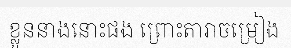
ខ្លួននាងនោះផង ព្រោះតារាចម្រៀង